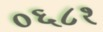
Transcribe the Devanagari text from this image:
०६८१